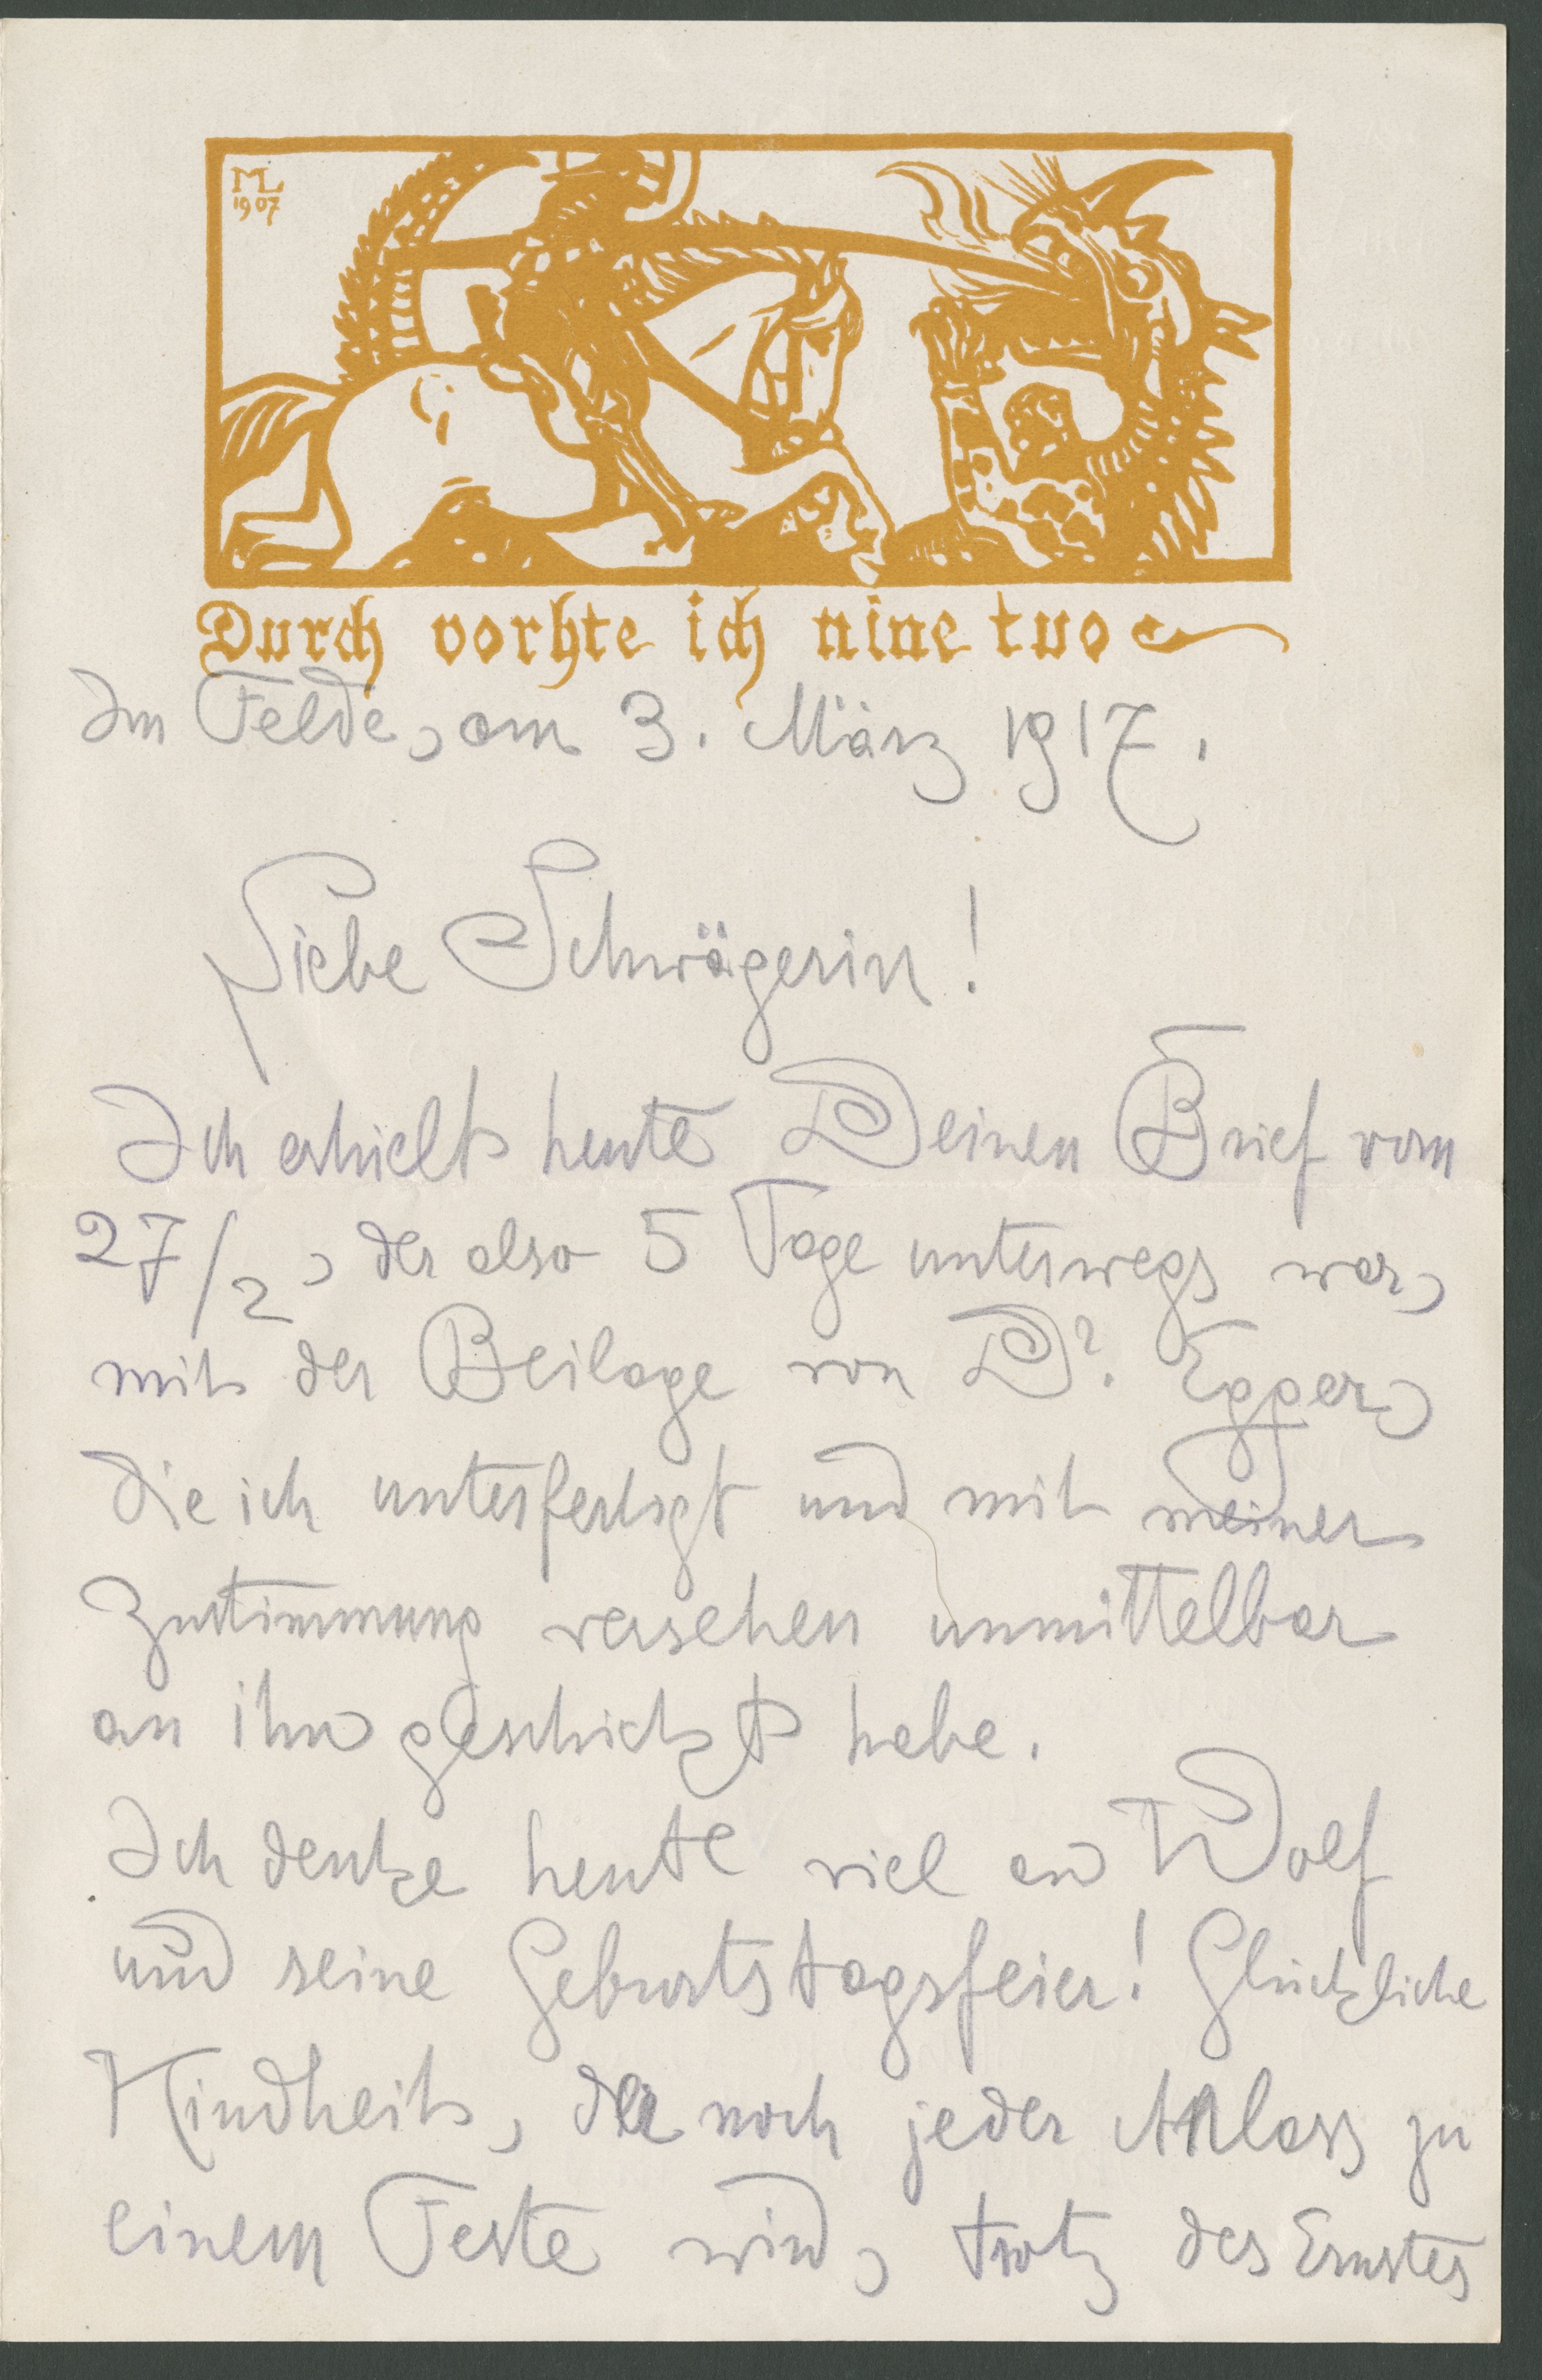
1907
Durch vorhte ich nine tuo
Im Felde, am 3. März 1917.
Liebe Schwägerin!
Ich erhielt heute Deinen Brief vom
27/2, der also 5 Tage unterwegs war,
mit der Beilage von Dr. Egger,
die ich unterfertigt und mit meiner
Zustimmung versehen unmittelbar
an ihn geschickt habe.
Ich denke heute viel an Wolf
und seine Geburtstagsfeier! Glückliche
Kindheit, der noch jeder Anlass zu
einem Feste wird, trotz des Ernstes